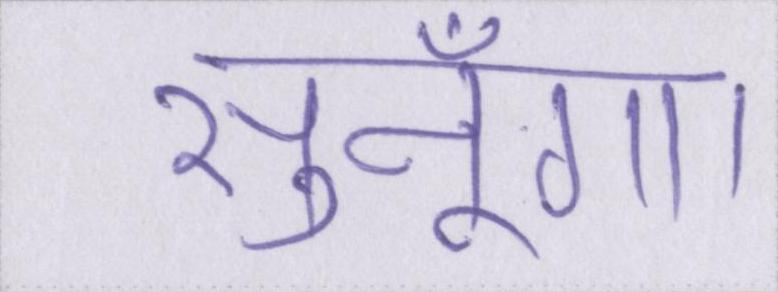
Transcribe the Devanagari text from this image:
सुनूँगा।